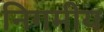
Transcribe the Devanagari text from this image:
निगमीय